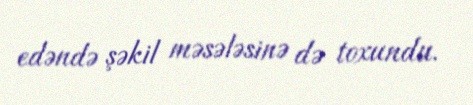
edəndə şəkil məsələsinə də toxundu.